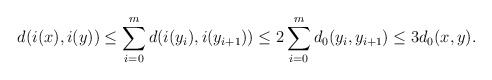
\begin{align*}d(i(x),i(y))\leq \sum_{i=0}^m d(i(y_i),i(y_{i+1}))\leq 2\sum_{i=0}^m d_0(y_i,y_{i+1})\leq 3d_0(x,y).\end{align*}